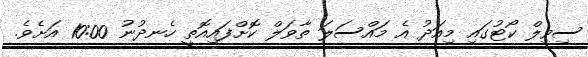
ސިވިލް ކޯޓުގައި މިއަދު އެ މައްސަލަ ތާވަލް ކޮށްފައިއޮތީ ހެނދުނު 10:00 އަށެވެ.